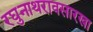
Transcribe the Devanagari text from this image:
रघुनाथरावसारखा